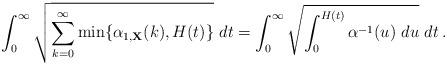
LaTeX: \begin{align*}\int_0^{\infty} \sqrt{ \sum_{k=0}^\infty \min\{\alpha_{1,{\bf X}}(k), H(t)\} } \ dt= \int_0^{\infty} \sqrt{ \int_0^{H(t)} \alpha^{-1}(u) \ du} \ dt \, .\end{align*}